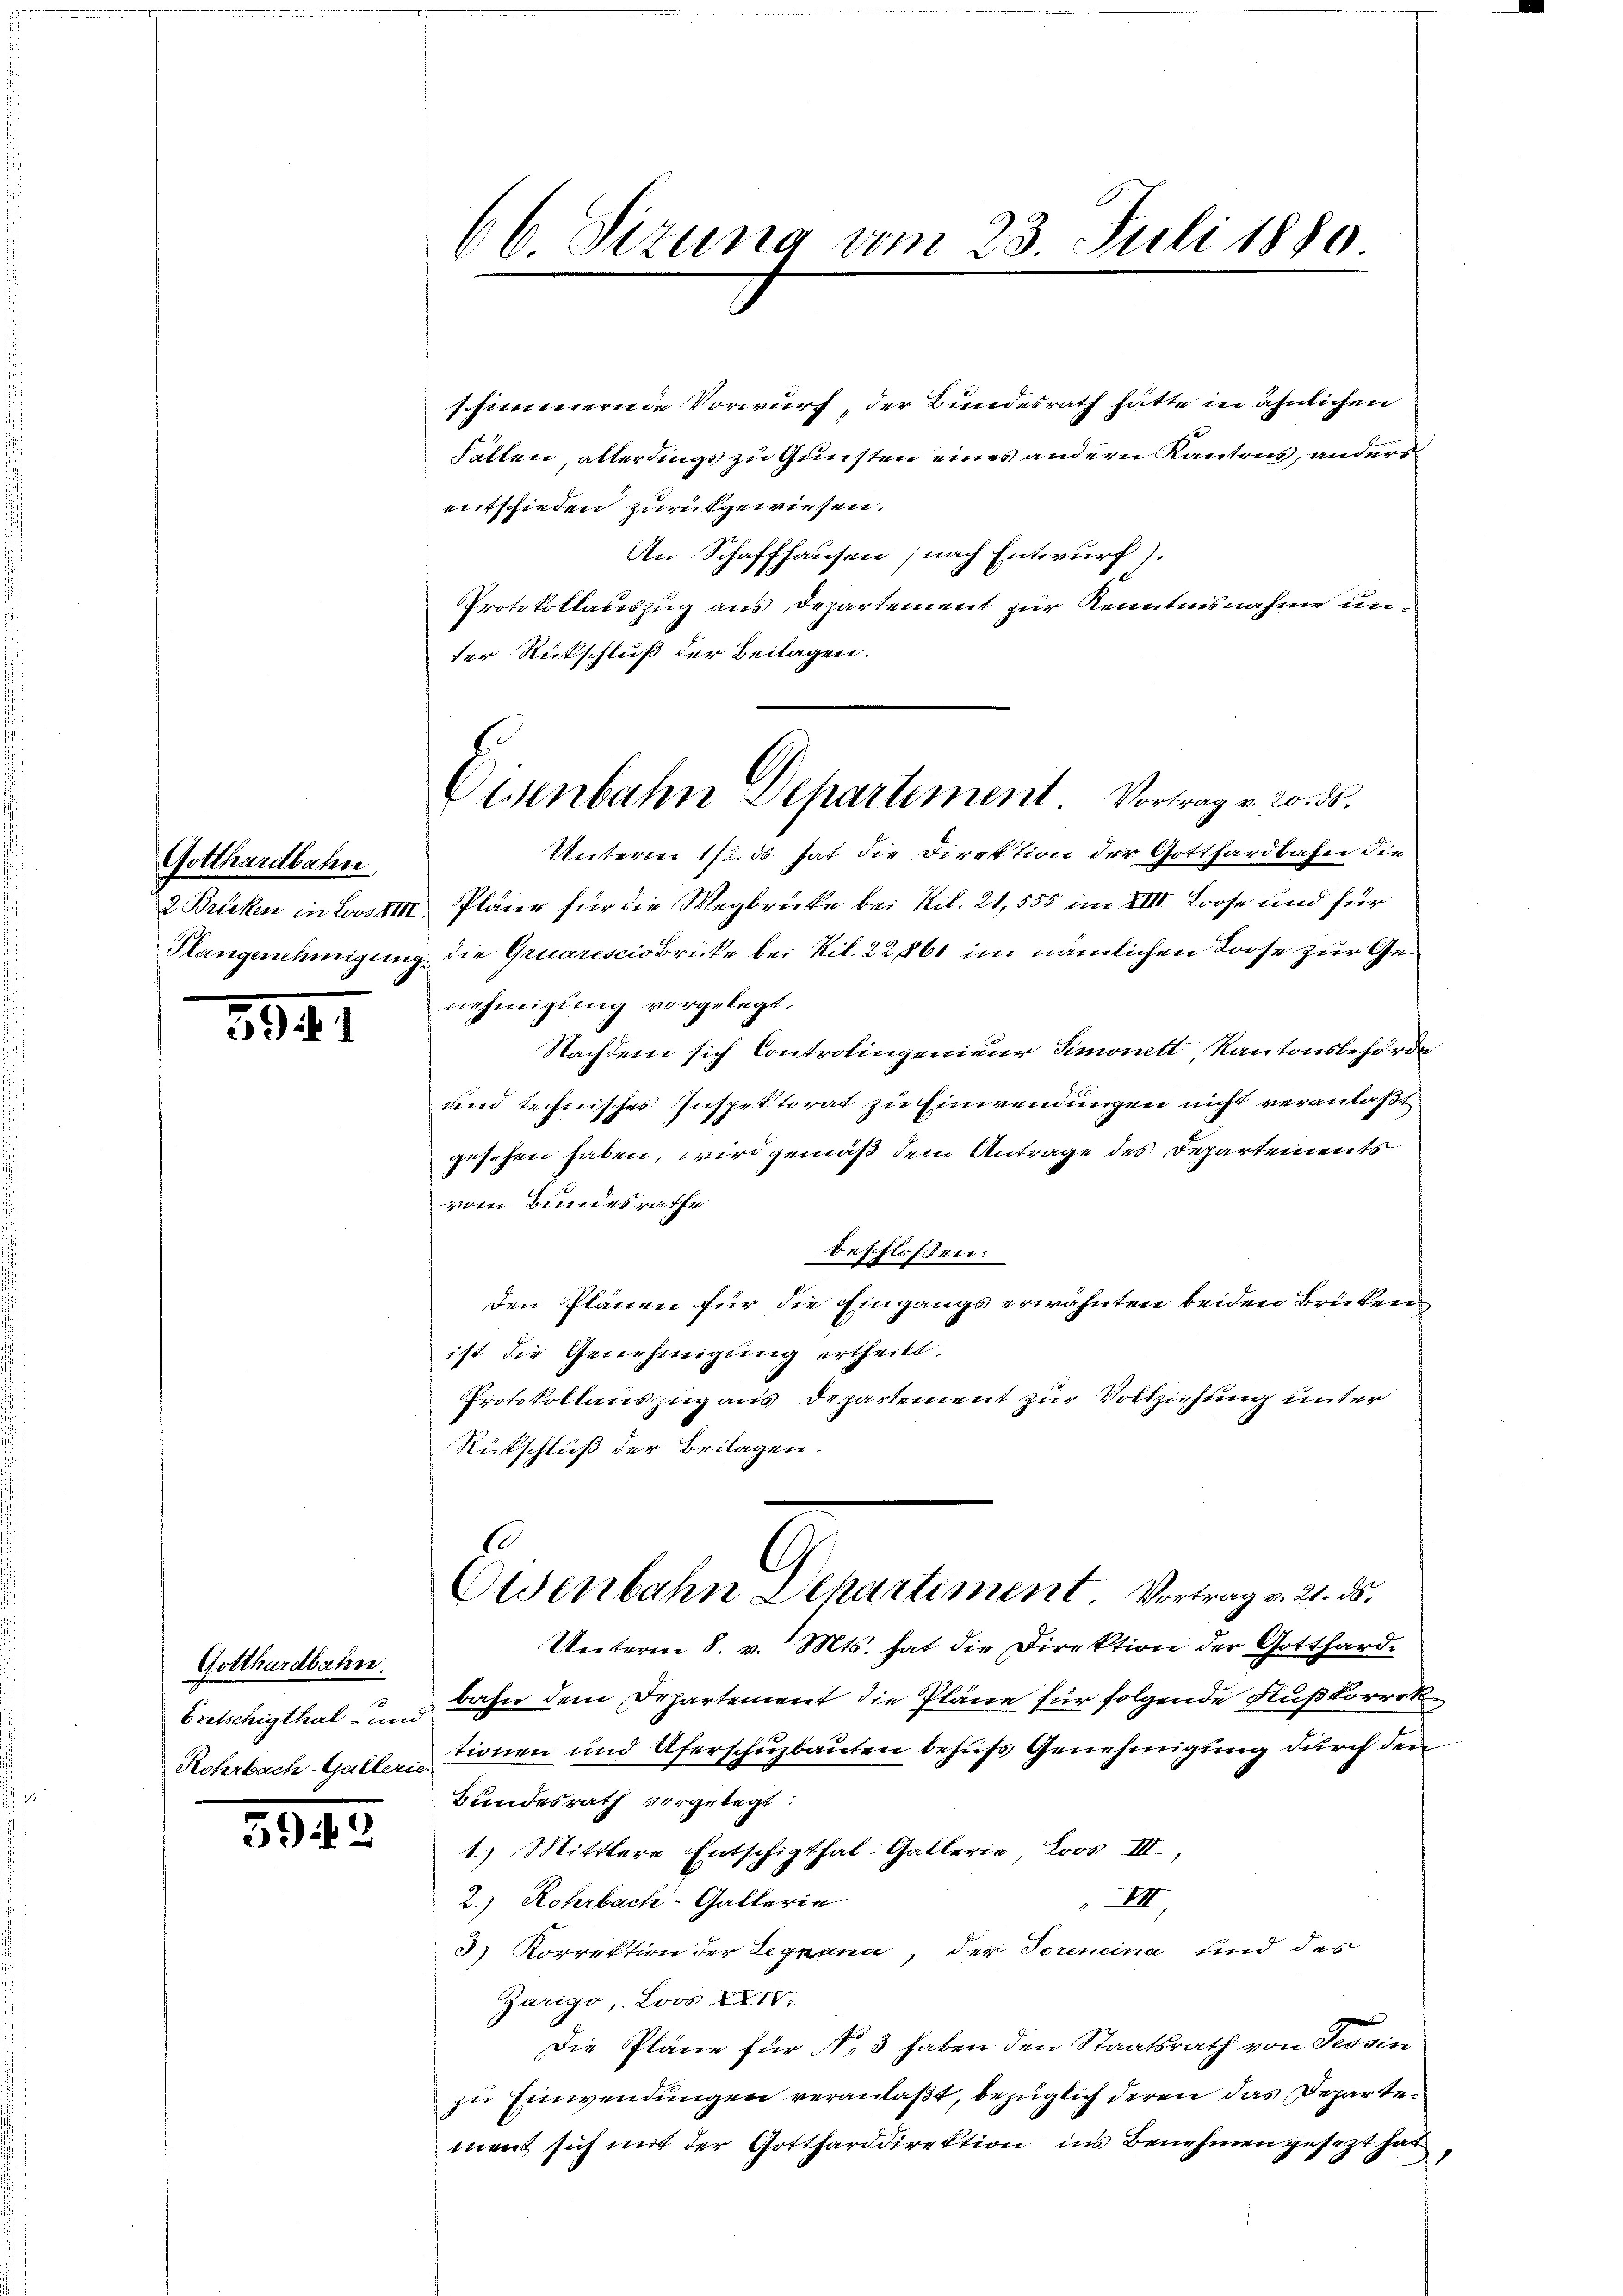
Gotthardbahn
2 Brücken in Loos XIII.
Plangenehmigung

334

Gotthardbahn.
Ertschigthal- und
Rohrbach Gallerie

592

66 Sizung vom 23. Juli 1880

Eisenbahn Departement. Vortrag v. 20. d.

schimmernde Vorwurf, der Bundesrath hätte in ähnlichen
Fällen, alterdings zu Gunsten eines andern Kantons, anders
entschieden zurückgewiesen.
An Schaffhausen (nach Entwurf).
PProtokollauszug aus Departement zur Kenntnisnahme under Rückschluß der Beilagen.
Unteren 11. ds. hat die Direktion der Gotthardbahn die
Pläne für die Wegbrücke bei Nil. 21, 555 im XIII. Loose und für
die Gruaresciobrücke bei Ril. 22861 im nämlichen Loose zur Genehmigung vorgelegt.
Nachdem sich Controlingenieur Simonett, Kantonsbehörde
und technisches Inspektorat zu Einwendungen nicht veranlaßt
gesehen haben, wird gemäß dem Antrage des Departements
vom Bundesrathe
beschlossen:
den Plänen für die Eingangs erwähnten beiden Brüken
ist die Genehmigung ertheilt.
Protokollauszug aus Departement zur Vollziehung unter
Rückschluß der Beilagen.
o
g
Osenbahn Schartiment Vortrag v. 21. ds.
Unterm 8. v. Mts. hat die Direktion der Gotthard-
bahn dem Departement die Pläne für folgende Flußkorrek
tionen und Uferschuzbauten behufs Genehmigung durch den
Bundesrath vorgelegt:
1.) Mitttere Entschipthal- Gatterie, Loos III,
2.) Rohrbach-Gallerin
XII,
3.) Korrektion der Leprena, der Soreneina, und des
Zarigo, Loos XXXIV.
Die Pläne für No 3 haben den Staatsrath von Tessin
zu Einwendungen veranlaßt, bezüglich deren das Departement sich mit der Gottharddirektion ins Benehmen gesezt hat